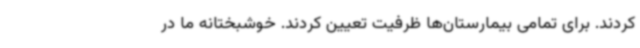
کردند. برای تمامی بیمارستان‌ها ظرفیت تعیین کردند. خوشبختانه ما در